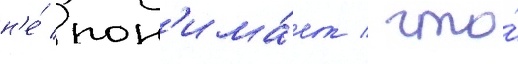
н'е́ пон'има́ет / что́